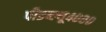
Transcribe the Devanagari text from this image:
पीडब्ल्यू४०००